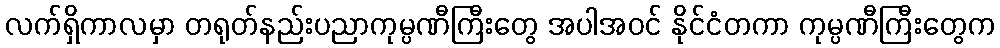
လက်ရှိကာလမှာ တရုတ်နည်းပညာကုမ္ပဏီကြီးတွေ အပါအဝင် နိုင်ငံတကာ ကုမ္ပဏီကြီးတွေက